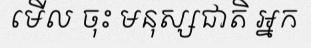
មើល ចុះ មនុស្សជាតិ អ្នក